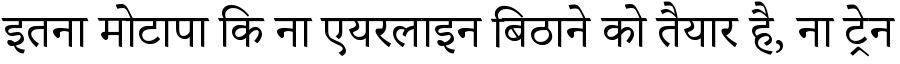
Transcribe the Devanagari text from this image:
इतना मोटापा कि ना एयरलाइन बिठाने को तैयार है, ना ट्रेन